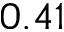
0 . 4 1